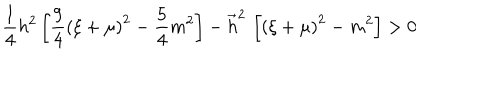
LaTeX: \frac 1 4 h ^ { 2 } \left[ \frac 9 4 \left( \xi + \mu \right) ^ { 2 } - \frac 5 4 m ^ { 2 } \right] - \vec { h } ^ { 2 } \, \left[ \left( \xi + \mu \right) ^ { 2 } - m ^ { 2 } \right] > 0